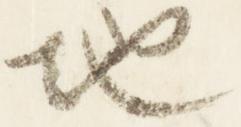
地